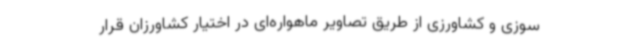
سوزی و کشاورزی از طریق تصاویر ماهواره‌ای در اختیار کشاورزان قرار